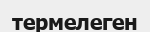
термелеген